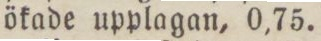
ökade upplagan, 0,75.